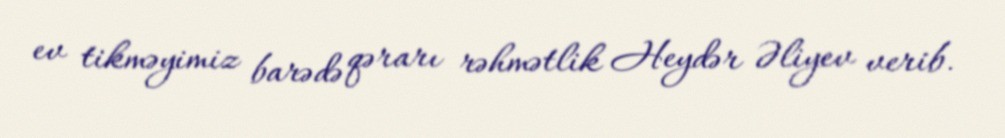
ev tikməyimiz barədə qərarı rəhmətlik Heydər Əliyev verib.